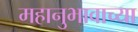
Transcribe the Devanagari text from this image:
महानुभावाच्या